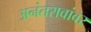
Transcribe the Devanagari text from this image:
अनंतरावांवर